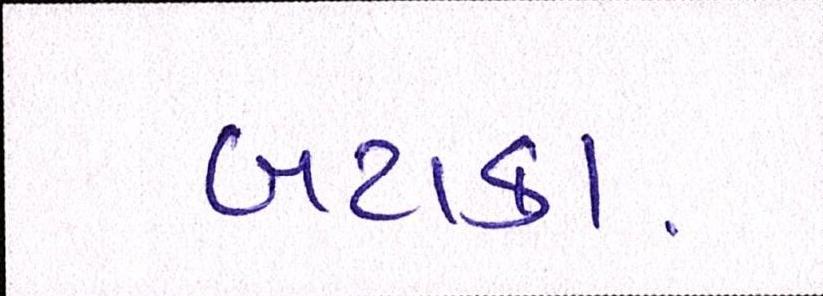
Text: બટાકા